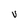
Character: V